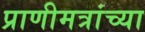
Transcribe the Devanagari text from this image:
प्राणीमत्रांच्या